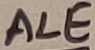
Text: ALE